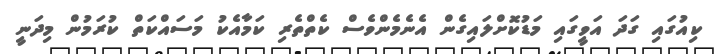
ކިއުގައި ގަދަ އަވީގައި މަޑުކޮށްލައިގެން އެނެމެންވެސް ކެތްތެރި ކަމާއެކު މަސައްކަތް ކުރަމުން މިދަނީ